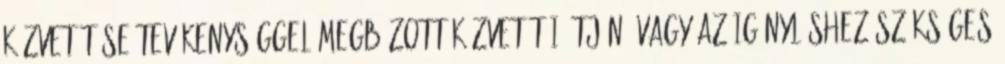
közvetítése tevékenységgel megbízott közvetítői útján, vagy az igényléshez szükséges